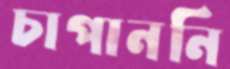
চাপাননি